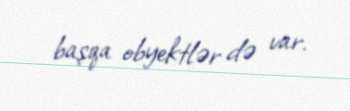
başqa obyektlər də var.